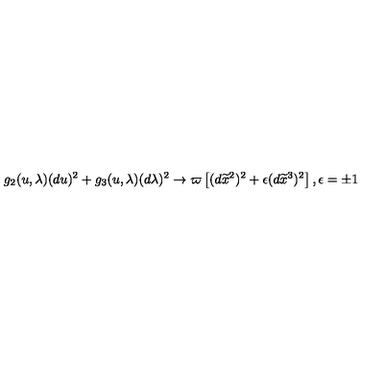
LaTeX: g _ { 2 } ( u , \lambda ) ( d u ) ^ { 2 } + g _ { 3 } ( u , \lambda ) ( d \lambda ) ^ { 2 } \rightarrow \varpi \left[ ( d \widetilde { x } ^ { 2 } ) ^ { 2 } + \epsilon ( d \widetilde { x } ^ { 3 } ) ^ { 2 } \right] , \epsilon = \pm 1